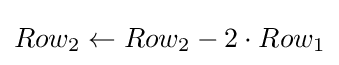
Row_{2}\leftarrow Row_{2}-2\cdot Row_{1}